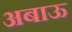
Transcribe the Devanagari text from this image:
अबाऊ